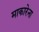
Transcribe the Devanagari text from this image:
माकारेना